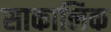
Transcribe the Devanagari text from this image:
साकालिक